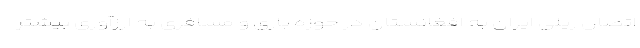
اتصال ریلی ایران به افغانستان در حوزه باری و مسافری به ارزآوری بیشتر